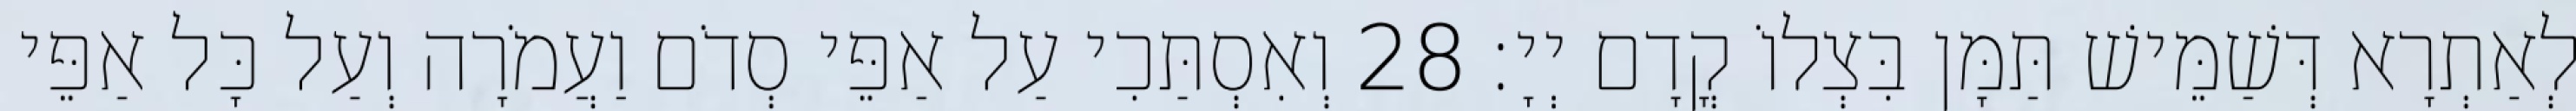
לְאַתְרָא דְּשַׁמֵּישׁ תַּמָּן בִּצְלוֹ קֳדָם יְיָ׃ 28 וְאִסְתַּכִי עַל אַפֵּי סְדֹם וַעֲמֹרָה וְעַל כָּל אַפֵּי